Materia medica of Madras volume I
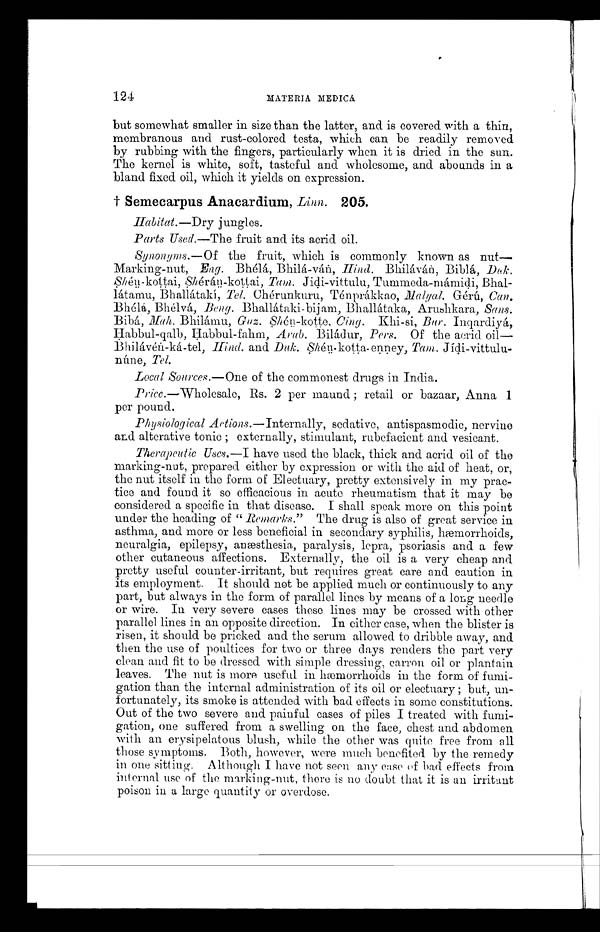
124
MATERIA MEDICA.
but somewhat smaller in size than the latter, and is covered with a thin,
membranous and rust-colored testa, which can be readily removed
by rubbing with the fingers, particularly when it is dried in the sun.
The kernel is white, soft, tasteful and wholesome, and abounds in a
bland fixed oil, which it yields on expression.
† Semecarpus Anacardi um, Li nn. 205.
H abitat.—Dry jungles.
Parts Used.—The fruit and its acrid oil.
Synonyms.—Of the fruit, which is commonly known as nut-
Marking-nut, Eng. Bhélá, Bhilá-ván, Hind. Bhiláván, Biblá, Duk,
S hén-kottai, Shérán-kottai, Tam. Jidi-vittulu, Tummeda-mámidi, Bhal-
látamu, Bhallátaki, Tel. Chérunkuru, Ténprákkao, Malyal. Gérú, Can.
Bhélá, Bhélvá, Beng. Bhallátaki-bijam, Bhallátaka, Arushkara, Sans.
B ibá, Mah. Bhilámu, Guz. Shén-kotte, Cing. Khi-si, Bur. Inqardiyá,
Habbul-qalb, Habbul-fahm, Arab. Biládur, Pers. Of the acrid oil-
Bhilávén-ká-tel, H ind. and Duk. Shén-kotta-enney, Tam. Jídi-vittulu--
nùne, T e l .
Local Sources.—One of the commonest drugs in India.
Price .—Wholesale, Rs. 2 per maund ; retail or bazaar, Anna 1
per pound.
Physiological Actions.—Internally, sedative, antispasmodic, nervino
and alterative tonic ; externally, stimulant, rubefacient and vesicant.
Therapeutic Uses.— I have used the black, thick and acrid oil of the
marking-nut, prepared either by expression or with the aid of heat, or,
the nut itself in the form of Electuary, pretty extensively in my prac-
tice and found it so efficacious in acute rheumatism that it may be
considered a specific in that disease. I shall speak more on this point
under the heading of " Remarks ." The drug is also of great service in
asthma, and more or less beneficial in secondary syphilis, hæmorrhoids,
neuralgia, epilepsy, anæsthesia, paralysis, lepra, psoriasis and a few
other cutaneous affections. Externally, the oil is a very cheap and
pretty useful counter-irritant, but requires great care and caution in
its employment. It should not be applied much or continuously to any
part, but always in the form of parallel lines by means of a long needle
or wire. In very severe cases these lines may be crossed with other
parallel lines in an opposite direction. In either case, when the blister is
risen, it should be pricked and the serum allowed to dribble away, and
then the use of poultices for two or three days renders the part very
clean and fit to be dressed with simple dressing, carron oil or plantain
leaves. The nut is more useful in hæmorrhoids in the form of fumi-
gation than the internal administration of its oil or electuary ; but, un-
fortunately, its smoke is attended with bad effects in some constitutions.
Out of the two severe and painful cases of piles I treated with fumi-
gation, one suffered from aswelling on the face, chest and abdomen
with an erysipelatous blush, while the other was quite free from all
those symptoms. Both, however, were much benefited by the remedy
in one sitting. Although I have not seen any ease of bad effects from
internal use of the marking-nut, there is no doubt that it is an irritant
poison in a large quantity or overdose.